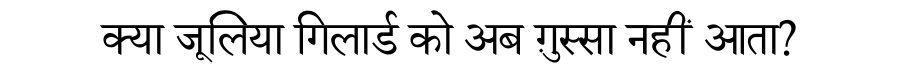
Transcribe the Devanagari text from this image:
क्या जूलिया गिलार्ड को अब ग़ुस्सा नहीं आता?